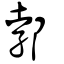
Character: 郣